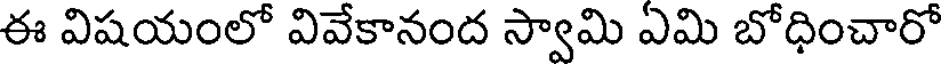
ఈ విషయంలో వివేకానంద స్వామి ఏమి బోధించారో